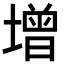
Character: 增